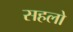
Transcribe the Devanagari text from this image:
सहलो